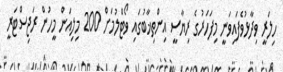
ހިލަރީ ވިދާޅުވެފައިވަނީ މިފަހަރުގެ ރިޔާސީ އިންތިޚާބުގައި ވޯޓްލުމަށް 200 މިލިއަން މީހުން ރަޖިސްޓަރީ